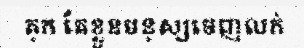
គុក តែខ្លួនមនុស្សចេញលក់